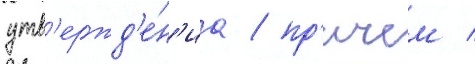
утв'ержд'е́н'иа / пр'ичем /